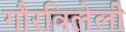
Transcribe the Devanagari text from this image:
गौरविलेली